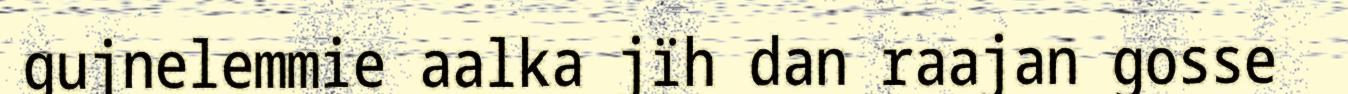
gujnelemmie aalka jïh dan raajan gosse